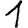
Digit: 1